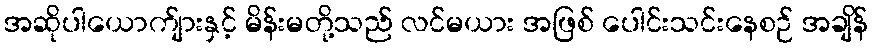
အဆိုပါယောက်ျားနှင့် မိန်းမတို့သည် လင်မယား အဖြစ် ပေါင်းသင်းနေစဉ် အချိန်